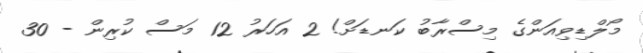
މޯލްޑިވިއަންގެ މިސްރާބު ކަނޑަށް! 2 އަހަރު 12 މަސް ކުރިން - 30